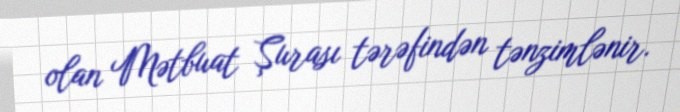
olan Mətbuat Şurası tərəfindən tənzimlənir.